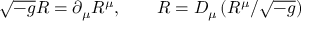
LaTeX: \sqrt { - g } R = \partial _ { \mu } R ^ { \mu } , \qquad R = D _ { \mu } \left( R ^ { \mu } / \sqrt { - g } \right)